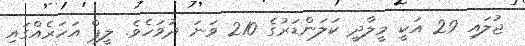
ޖުލައި 29 އަކީ މީލާދީ ކަލަންޑަރުގެ 210 ވަނަ ދުވަހެވެ. ލީޕް އަހަރެއްގައި